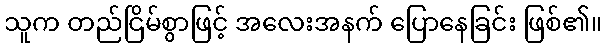
သူက တည်ငြိမ်စွာဖြင့် အလေးအနက် ပြောနေခြင်း ဖြစ်၏။